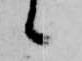
候